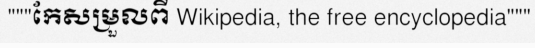
"""កែសម្រួលពី Wikipedia, the free encyclopedia"""